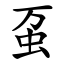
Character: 虿